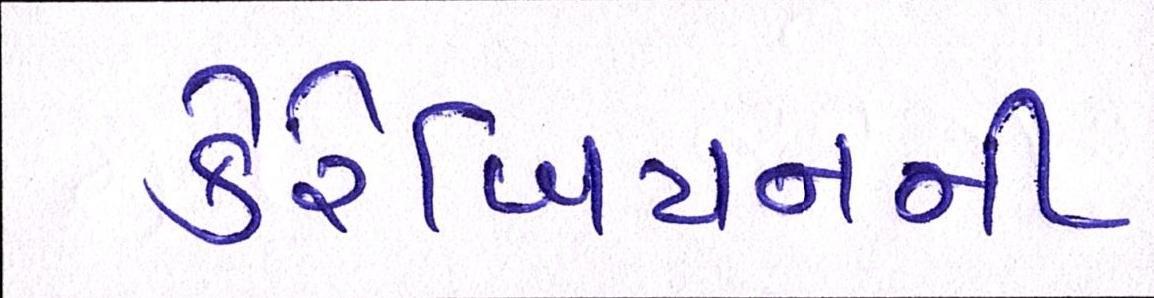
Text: કેરેબિયનની